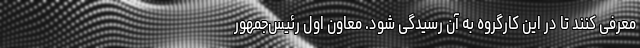
معرفی کنند تا در این کارگروه به آن رسیدگی شود. معاون اول رئیس‌جمهور